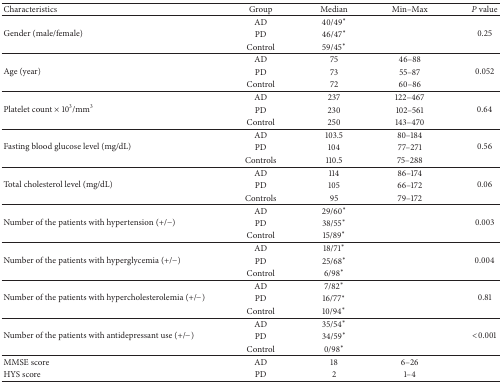
| Characteristics | Group | Median | Min–Max | P value |
 | --- | --- | --- | --- | --- |
 | <ROWSPAN=3> Gender (male/female) | AD | 40/49* |  | <ROWSPAN=3> 0.25 |
 | PD | 46/47* |  |
 | Control | 59/45* |  |
 | <ROWSPAN=3> Age (year) | AD | 75 | 46–88 | <ROWSPAN=3> 0.052 |
 | PD | 73 | 55–87 |
 | Control | 72 | 60–86 |
 | <ROWSPAN=3> Platelet count × 103/mm3 | AD | 237 | 122–467 | <ROWSPAN=3> 0.64 |
 | PD | 230 | 102–561 |
 | Control | 250 | 143–470 |
 | <ROWSPAN=3> Fasting blood glucose level (mg/dL) | AD | 103.5 | 80–184 | <ROWSPAN=3> 0.56 |
 | PD | 104 | 77–271 |
 | Controls | 110.5 | 75–288 |
 | <ROWSPAN=3> Total cholesterol level (mg/dL) | AD | 114 | 86–174 | <ROWSPAN=3> 0.06 |
 | PD | 105 | 66–172 |
 | Controls | 95 | 79–172 |
 | <ROWSPAN=3> Number of the patients with hypertension (+/−) | AD | 29/60* |  | <ROWSPAN=3> 0.003 |
 | PD | 38/55* |  |
 | Control | 15/89* |  |
 | <ROWSPAN=3> Number of the patients with hyperglycemia (+/−) | AD | 18/71* |  | <ROWSPAN=3> 0.004 |
 | PD | 25/68* |  |
 | Control | 6/98* |  |
 | <ROWSPAN=3> Number of the patients with hypercholesterolemia (+/−) | AD | 7/82* |  | <ROWSPAN=3> 0.81 |
 | PD | 16/77* |  |
 | Control | 10/94* |  |
 | <ROWSPAN=3> Number of the patients with antidepressant use (+/−) | AD | 35/54* |  | <ROWSPAN=3> <0.001 |
 | PD | 34/59* |  |
 | Control | 0/98* |  |
 | MMSE score | AD | 18 | 6–26 |
 | HYS score | PD | 2 | 1–4 |